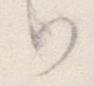
か